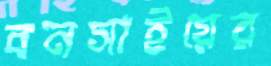
বনসাইয়ের